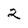
Character: 2